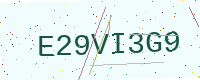
Text: E29VI3G9